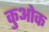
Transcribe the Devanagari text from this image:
कुओक